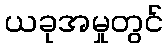
ယခုအမှုတွင်